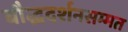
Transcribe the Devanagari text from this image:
बौद्धदर्शनसम्मत